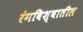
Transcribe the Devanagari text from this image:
रंगविश्वातील